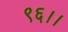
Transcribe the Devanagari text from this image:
९६।।